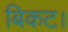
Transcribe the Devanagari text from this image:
बिकट।